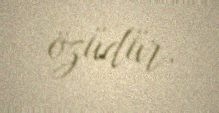
özüdür.